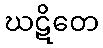
ဃဋိတေ